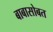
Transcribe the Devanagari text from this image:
बाबासोबत